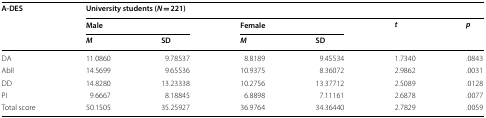
| <ROWSPAN=3> A-DES | <COLSPAN=6> University students (N = 221) |
 | <COLSPAN=2> Male | <COLSPAN=2> Female | <ROWSPAN=2> t | <ROWSPAN=2> p |
 | M | SD | M | SD |
 | --- | --- | --- | --- | --- | --- | --- |
 | DA | 11.0860 | 9.78537 | 8.8189 | 9.45534 | 1.7340 | .0843 |
 | AbII | 14.5699 | 9.65536 | 10.9375 | 8.36072 | 2.9862 | .0031 |
 | DD | 14.8280 | 13.23338 | 10.2756 | 13.37712 | 2.5089 | .0128 |
 | PI | 9.6667 | 8.18845 | 6.8898 | 7.11161 | 2.6878 | .0077 |
 | Total score | 50.1505 | 35.25927 | 36.9764 | 34.36440 | 2.7829 | .0059 |